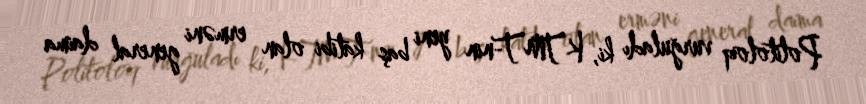
Politoloq vurğuladı ki, KTMT-nin yeni baş katibi olan erməni general daima